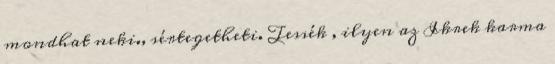
mondhat neki., sértegetheti. Tessék , ilyen az Ikrek karma